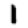
Digit: 1